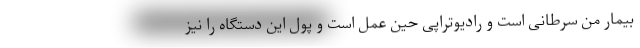
بیمار من سرطانی است و رادیوتراپی حین عمل است و پول این دستگاه را نیز